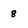
Character: 8